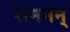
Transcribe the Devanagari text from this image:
रामनन्‌